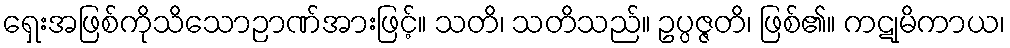
ရှေးအဖြစ်ကိုသိသောဉာဏ်အားဖြင့်။ သတိ၊ သတိသည်။ ဥပ္ပဇ္ဇတိ၊ ဖြစ်၏။ ကဋုမိကာယ၊